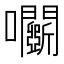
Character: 𡆏